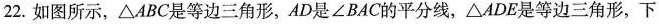
22.如图所示，△ABC是等边三角形，AD是∠BAC的平分线，△ADE是等边三角形，下